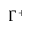
\Gamma ^ { + }